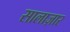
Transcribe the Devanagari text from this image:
सालाज़ार